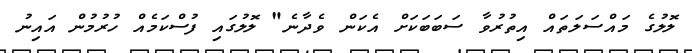
ލޮލުގެ މައްސަލަތައް އިތުރުވާ ސަބަބަކަށް އެކަން ވެދާނެ" ލޮލުގައި ފުސްކަމެއް ހުރުމުން އައިނު